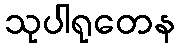
သုပါရုတေန